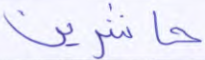
حاشرين